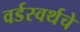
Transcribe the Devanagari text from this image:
वर्डस्वर्थचे